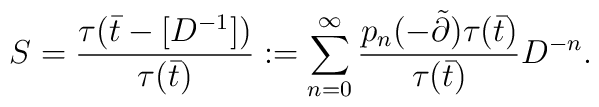
S=\frac{\tau(\bar t-[D^{-1}])}{\tau(\bar t)}	:=\sum_{n=0}^\infty	\frac{p_n(-\tilde\partial)\tau(\bar t)}{\tau(\bar t)}	D^{-n}.